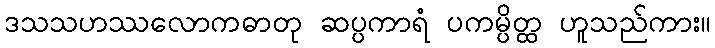
ဒသသဟဿလောကဓာတု ဆပ္ပကာရံ ပကမ္ပိတ္ထ ဟူသည်ကား။